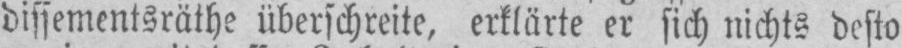
dissementsräthe überschreite, erklärte er sich nichts desto